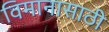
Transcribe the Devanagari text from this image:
विमानासाठी